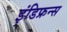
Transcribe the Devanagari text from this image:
इंडिफ्रन्स